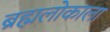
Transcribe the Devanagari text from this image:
ब्रह्मलोकाला